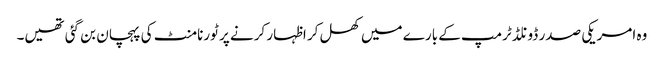
وہ امریکی صدر ڈونلڈ ٹرمپ کے بارے میں کھل کر اظہار کرنے پر ٹورنامنٹ کی پہچان بن گئی تھیں۔